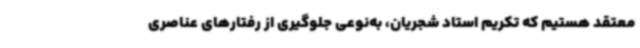
معتقد هستیم که تکریم استاد شجریان، به‌نوعی جلوگیری از رفتارهای عناصری